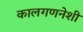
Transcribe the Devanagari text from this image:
कालगणनेशी